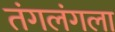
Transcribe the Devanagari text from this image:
तंगलंगला